Vaike-Kullamaa_(Vaikna)_vallavalitsus, lk 23
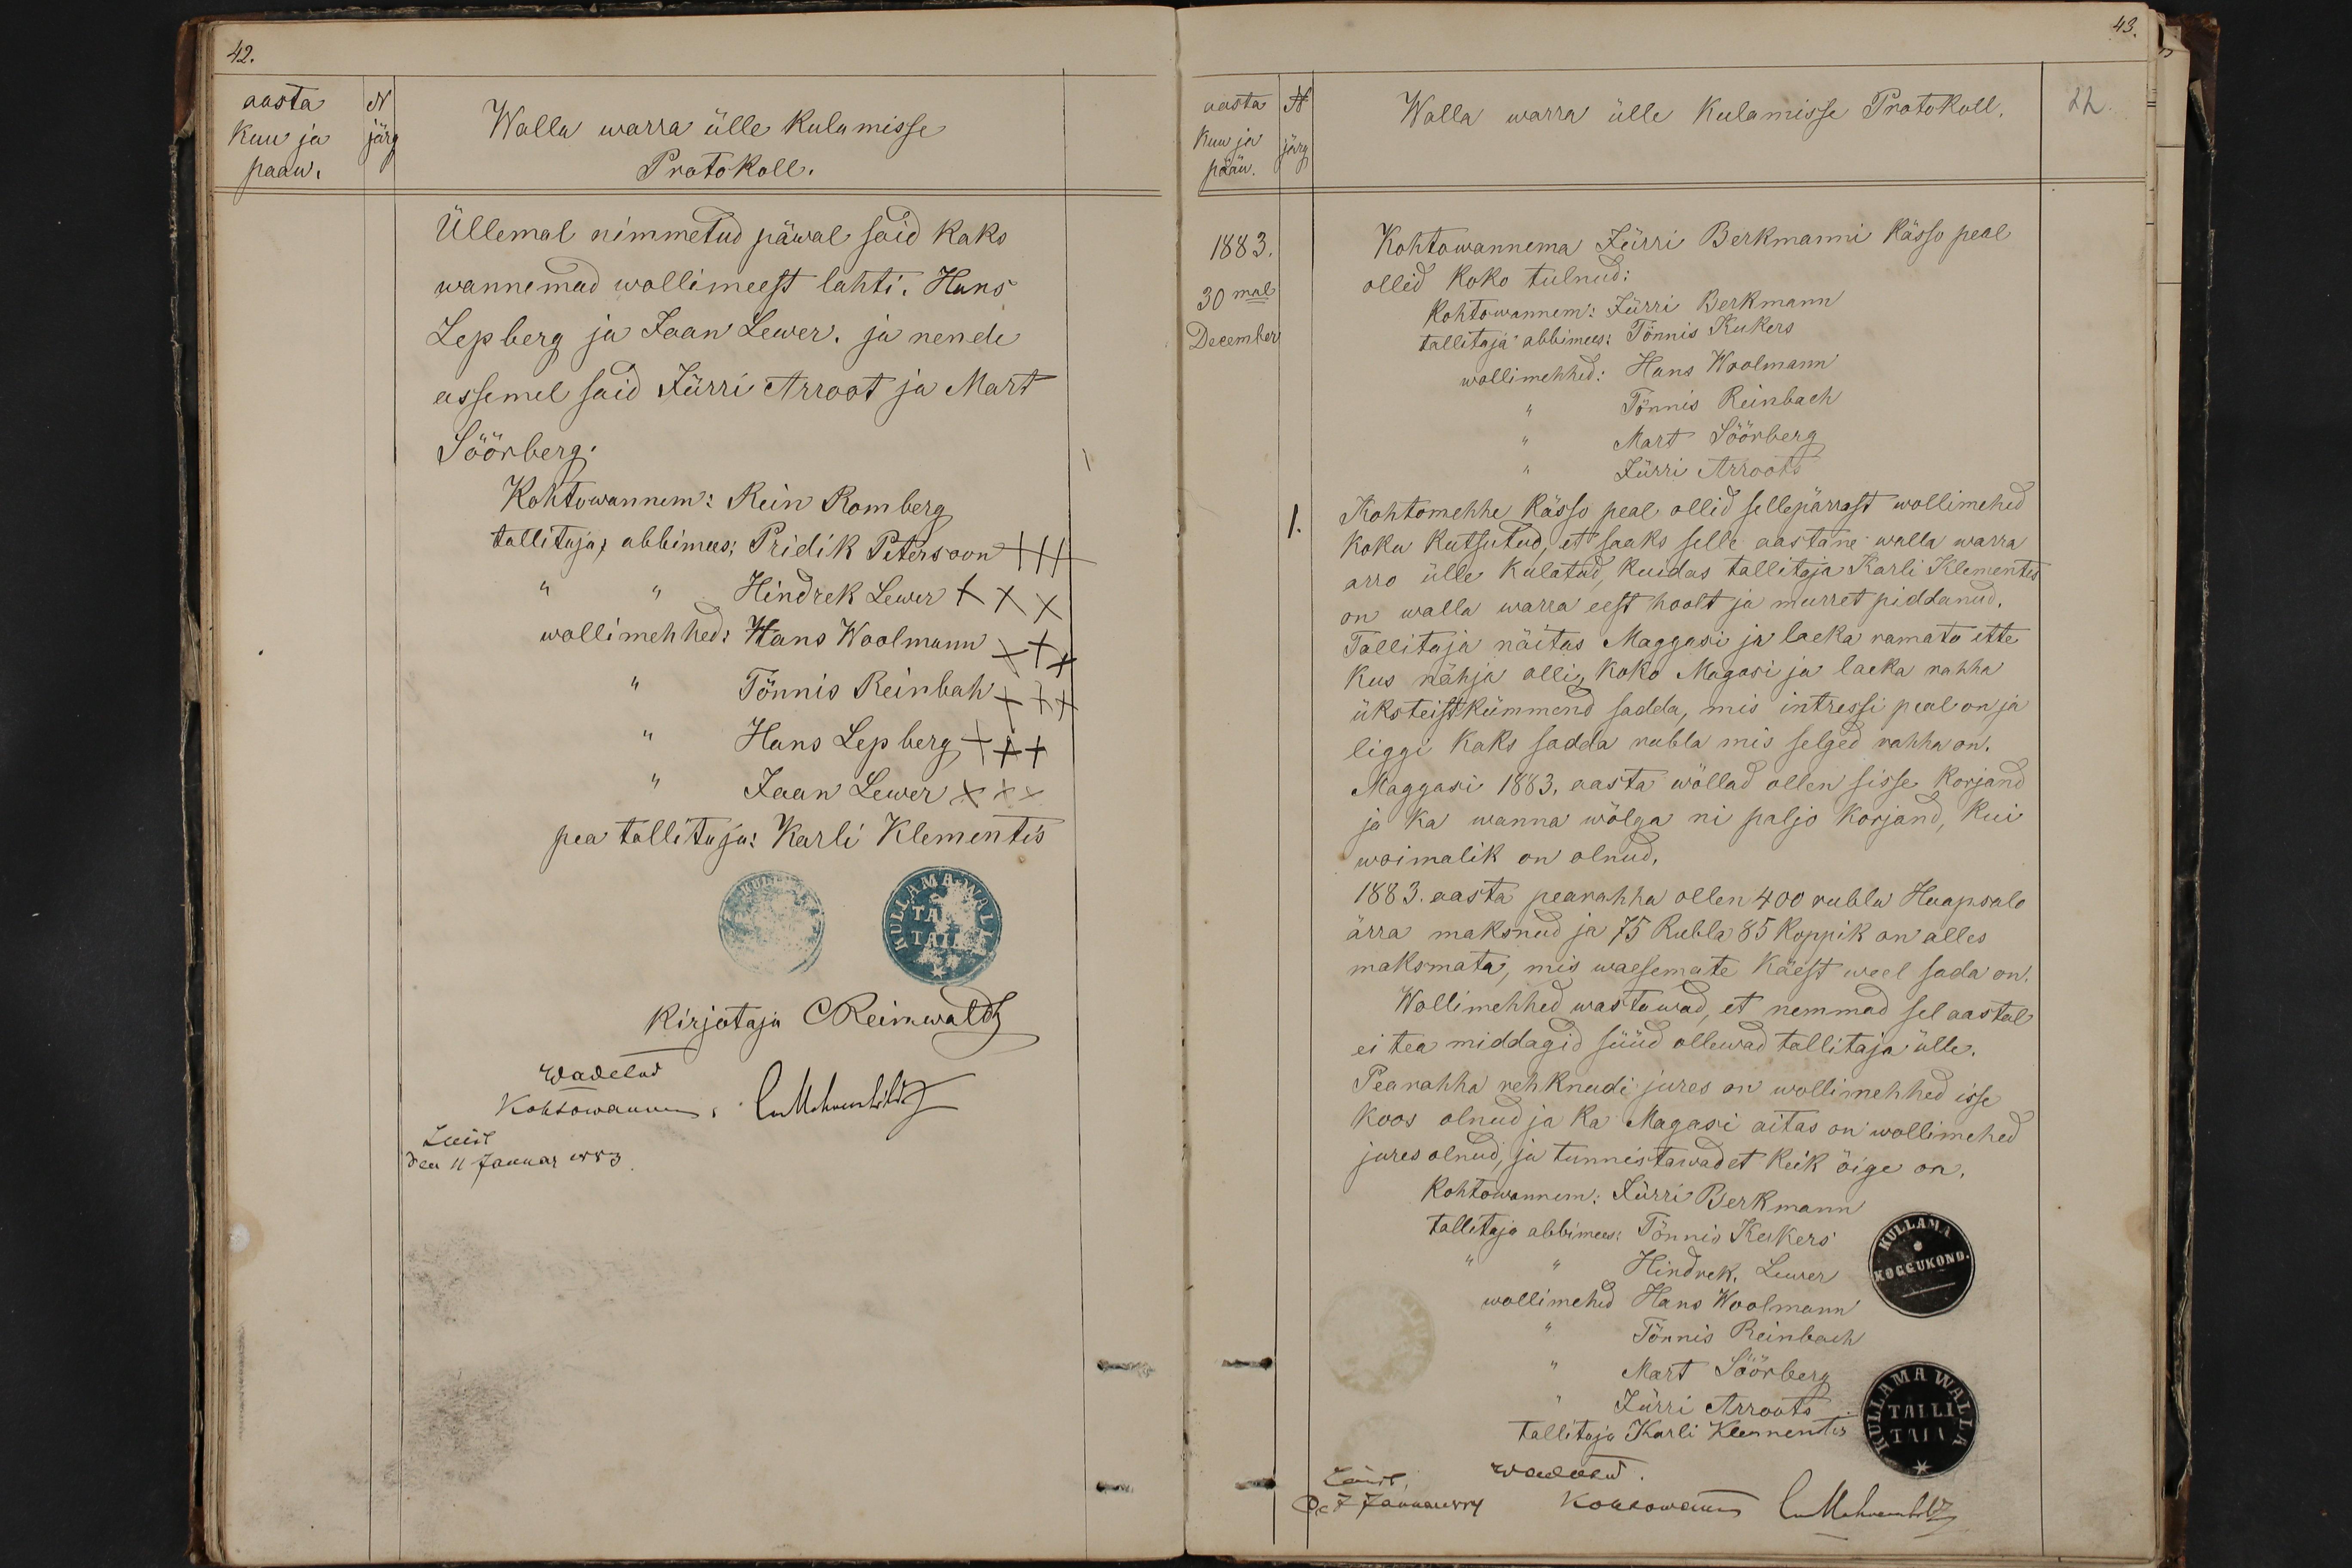
42.
aasta N
kuu ja järg
Walla warra ülle kulumisse
pääw.
Protokoll.
Üllemal nimmetud päwal said kaks
wannemad wollimeest lahti. Hans
Lepberg ja Jaan Lewer. ja nende
assemel said Jürri Arroot ja Mart
Söörberg.
Kohtowannem: Rein Romberg
tallitaja abbimees: Pridik Petersoon +++
Hindrek Lewer XXX
wollimehhed: Hans Woolmann +++
Tönnis Reinbah +++
" Hans Lepberg +++
Jaan Lewer XXX
pea tallitaja: Karli Klementis
kirjotaja CReinwaldt
Kohtowanem: luthuuslik
Wadetud
Luist
den 11 Januar 1883.

aasta N
Walla warra ülle kulamisse Protokoll.
22
Kuu ja
Järg
pääw.
1883.
Kohtowannema Jürri Berkmanni Kässo peal
ollid koko tulnud:
30mal
Kohtowannem: Jürri Berkmann
December
tallitaja abbimees: Tönnis Kukers
wollimehhed: Hans Woolmann
Tönnis Reinbach
Mart Söörberg
Jürri Arroots
1.
Kohtomehhe kässo peal ollid sellepärrast wollimehed
koku kutsutud, et saaks selle aastane walla warra
arro ülle kulatud, kuidas tallitaja Karli Klementis
on walla warra eest hoolt ja murret piddanud.
Tallitaja näitas Maggasi ja laeka ramato ette
kus nähja olli, koko Magasi ja laeka rahha
üksteistkümmend sadda, mis intressi peal on ja
liggi kaks sedda rubla mis selged rahha on.
Maggasi 1883, aasta wöllad ollen sisse korjand
ja ka wanna wölga ni paljo korjand, kui
woimalik on olnud.
1883. aasta pearahha ollen 400 rubla Haapsalo
ärra maksnud ja 75 Rubla 85 Koppik on alles
maksmata, mis waesemate käest weel sada on.
Wollimehhed wastawad, et nemmad sel aastal
ei tea middagid süüd ollewad tallitaja ülle.
Pearahha rehknudi jures on wollimehhed isse
koos olnud ja ka Magasi aitas on wollimehed
jures olnud, ja tunnistawad et keik öige on
Kohtowannem: Jürri Berkmann
tallitaja abbimees: Tönnis Kukers
Hindrek, Lewer
wollimehed Hans Woolmann
Tönnis Reinbach
Mart Söörberg
Jürri Arroots
tallitaja Karli Klementis
Läbbi
waadatud
Den 7 Januar 1884 kohtowanem luhkembril